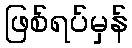
ဖြစ်ရပ်မှန်